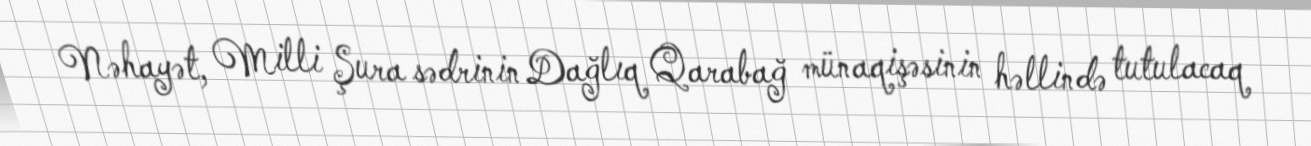
Nəhayət, Milli Şura sədrinin Dağlıq Qarabağ münaqişəsinin həllində tutulacaq